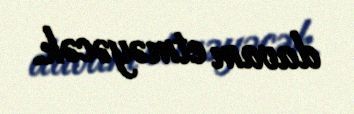
davam etməyəcək.